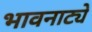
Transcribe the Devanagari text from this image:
भावनाट्ये